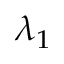
\lambda _ { 1 }